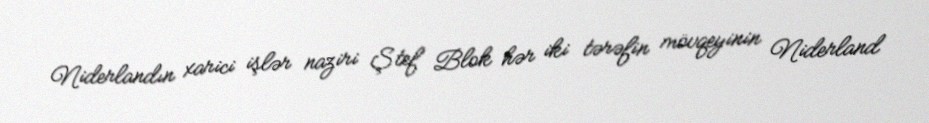
Niderlandın xarici işlər naziri Ştef Blok hər iki tərəfin mövqeyinin Niderland